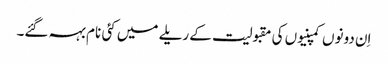
اِن دونوں کمپنیوں کی مقبولیت کے ریلے میں کئی نام بہہ گئے۔